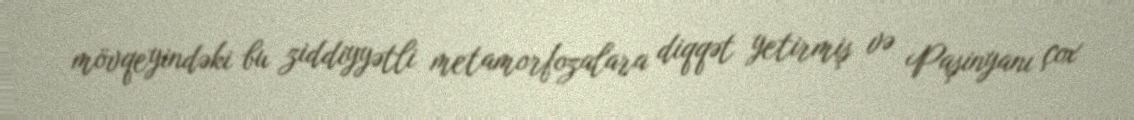
mövqeyindəki bu ziddiyyətli metamorfozalara diqqət yetirmiş və Paşinyanı çox